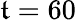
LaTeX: \mathfrak{t}=60